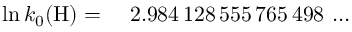
\begin{array} { r l } { \ln k _ { 0 } ( \mathrm { H } ) = } & { { } \ 2 . 9 8 4 \, 1 2 8 \, 5 5 5 \, 7 6 5 \, 4 9 8 \, \ldots } \end{array}